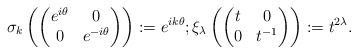
\begin{align*}\sigma_k\left(\begin{pmatrix}e^{i\theta}&0\\ 0&e^{-i\theta}\end{pmatrix}\right):=e^{ik\theta};\xi_{\lambda}\left(\begin{pmatrix}t&0\\ 0&t^{-1}\end{pmatrix}\right):=t^{2\lambda}. \end{align*}